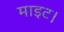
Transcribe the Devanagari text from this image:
माइट।